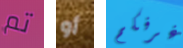
تم أو غرفكم